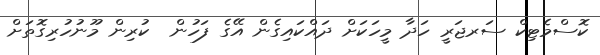
ކޮސްމެޓިކް ސަރޖަރީ ހަދާ މީހަކަށް ދައްކައިގެން އޭގެ ފަހުން  ކުރިން މޫނުހުރިގޮތަށް